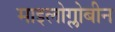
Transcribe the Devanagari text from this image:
माइलोग्लोबीन